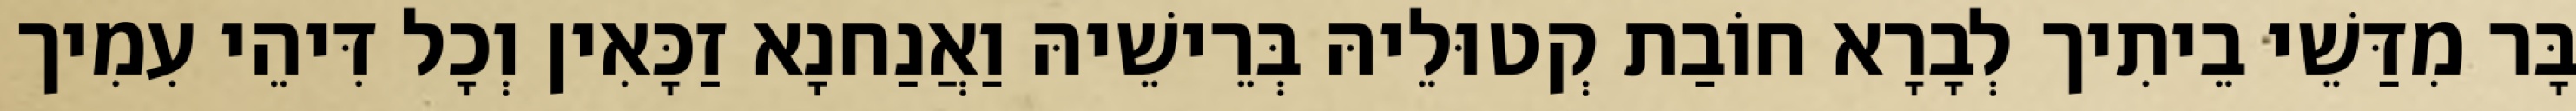
בָּר מִדַּשֵׁי בֵיתִיך לְבָרָא חוֹבַת קְטוּלֵיהּ בְּרֵישֵׁיהּ וַאֲנַחנָא זַכָּאִין וְכָל דִּיהֵי עִמִיך